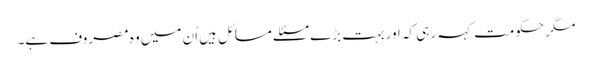
مگر حکومت کہہ رہی کہ اور بہت بڑے مسئلے مسائل ہیں اُن میں وہ مصروف ہے۔